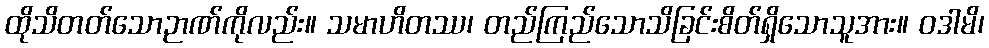
ထိုသိတတ်သောဉာဏ်ကိုလည်း။ သမာဟိတဿ၊ တည်ကြည်သောသိခြင်းစိတ်ရှိသောသူအား။ ဝဒါမိ၊